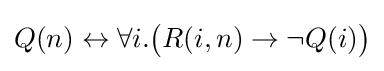
Q(n)\leftrightarrow \forall i.{\big (}R(i,n)\to \neg Q(i){\big )}